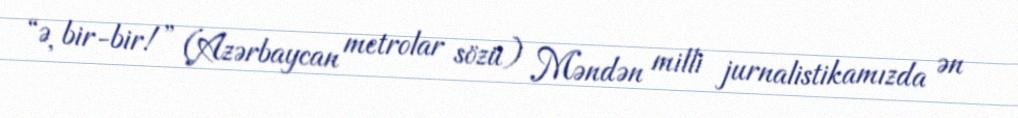
“Ə, bir-bir!” (Azərbaycan metrolar sözü) Məndən milli jurnalistikamızda ən